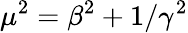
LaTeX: \mu^{2}=\beta^{2}+1/\gamma^{2}